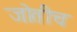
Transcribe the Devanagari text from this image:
जोतीच